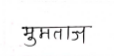
मजकूर: मुमताज